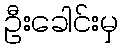
ဦးခေါင်းမှ